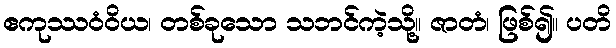
ဧကုဿဝံဝိယ၊ တစ်ခုသော သဘင်ကဲ့သို့။ ဇာတံ၊ ဖြစ်၍။ ပတိ